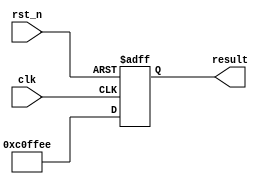
`timescale 1ns / 1ps

module asynchActiveLowReset
    (
    output reg [23:0] result,

    input clk,
          rst_n
    );
    
    always@(posedge clk or negedge rst_n)      // asynchronous
        begin
        if(!rst_n)                             // active low reset
            begin
            result <= 'b0;
            end
        else
            begin                
            result <= 24'hc0ffee;
            end
        end
endmodule

/*

"always@(posedge clk or rst_n)" works in simulation but causes error in synthesis 

*/